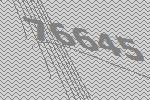
76645